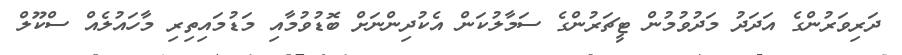
ދަރިވަރުންގެ އަދަދު މަދުވުމުން ޓީޗަރުންގެ ސަމާލުކަން އެކުދިންނަށް ބޮޑުވުމާއި މަޑުމައިތިރި މާހައުލެއް ސްކޫލް